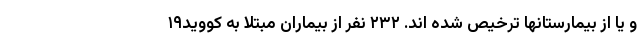
و یا از بیمارستانها ترخیص شده اند. ۲۳۲ نفر از بیماران مبتلا به کووید۱۹